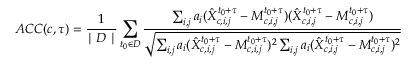
A C C ( c , \tau ) = \frac { 1 } { \mid D \mid } \sum _ { t _ { 0 } \in D } \frac { \sum _ { i , j } a _ { i } ( \hat { X } _ { c , i , j } ^ { t _ { 0 } + \tau } - M _ { c , i , j } ^ { t _ { 0 } + \tau } ) ( \hat { X } _ { c , i , j } ^ { t _ { 0 } + \tau } - M _ { c , i , j } ^ { t _ { 0 } + \tau } ) } { \sqrt { \sum _ { i , j } a _ { i } ( \hat { X } _ { c , i , j } ^ { t _ { 0 } + \tau } - M _ { c , i , j } ^ { t _ { 0 } + \tau } ) ^ { 2 } \sum _ { i , j } a _ { i } ( \hat { X } _ { c , i , j } ^ { t _ { 0 } + \tau } - M _ { c , i , j } ^ { t _ { 0 } + \tau } ) ^ { 2 } } }